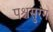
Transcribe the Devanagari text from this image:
पश्चसुरंग